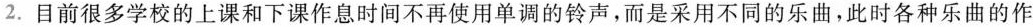
2. 目前很多学校的上课和下课作息时间不再使用单调的铃声，而是采用不同的乐曲，此时各种乐曲的作